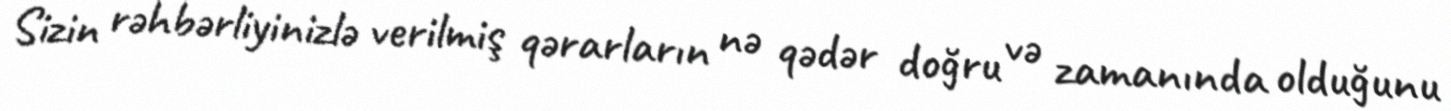
Sizin rəhbərliyinizlə verilmiş qərarların nə qədər doğru və zamanında olduğunu